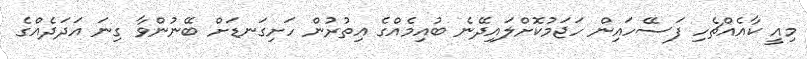
މިއީ ކާއެއްޗެހި ފަސޭހައިން ހަޖަމުކޮށްލައިދޭނެ ބުއިމެއްގެ އިތުރުން ހަށިގަނޑަށް ބޭނުންވާ ގިނަ އަދަދެއްގެ